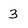
Character: 3